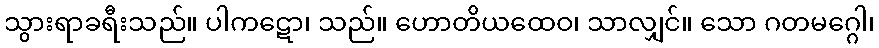
သွားရာခရီးသည်။ ပါကဋော၊ သည်။ ဟောတိယထေဝ၊ သာလျှင်။ သော ဂတမဂ္ဂေါ၊